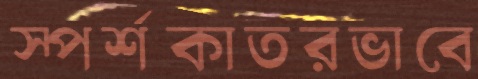
স্পর্শকাতরভাবে